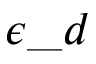
\epsilon \_ d